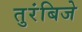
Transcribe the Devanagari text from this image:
तुरंबिजे